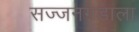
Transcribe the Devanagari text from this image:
सज्जनगडाला